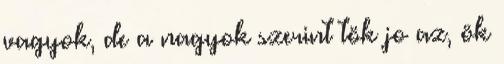
vagyok, de a nagyok szerint tök jo az, ök